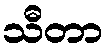
သီတာ